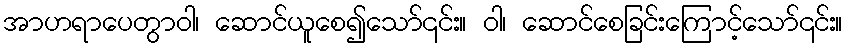
အာဟရာပေတွာဝါ၊ ဆောင်ယူစေ၍သော်၎င်း။ ဝါ၊ ဆောင်စေခြင်းကြောင့်သော်၎င်း။